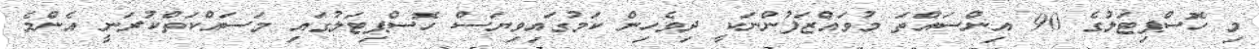
މި ހޮސްޕިޓަލުގެ 90 އިންސައްތަ މުވައްޒަފުންނަކީ ދިވެހިން ކަމުގައިވިޔަސް ހޮސްޕިޓަލުގައި މަސައްކަތްކުރަނީ އެންމެ